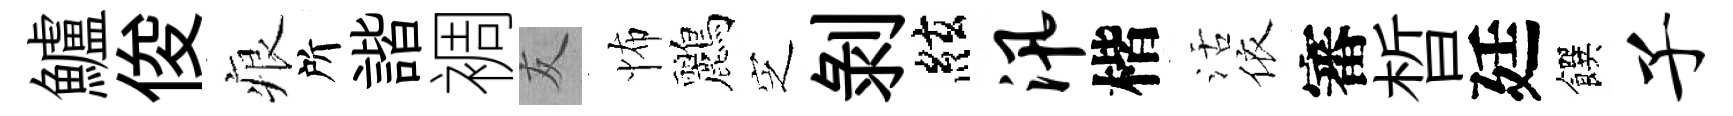
鱸俊痕所諧裯友怖鸝㝎剥絃汛楷活依審晳廷饌子